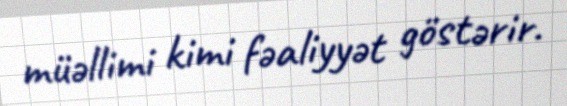
müəllimi kimi fəaliyyət göstərir.